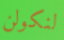
لنكولن